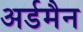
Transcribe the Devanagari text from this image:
अर्डमैन